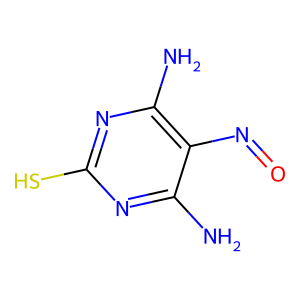
SMILES: Nc1nc(S)nc(N)c1N=O
Inhibits HIV replication: Yes